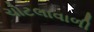
ચોટલાવાળી